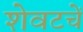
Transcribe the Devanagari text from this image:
शेवटचें